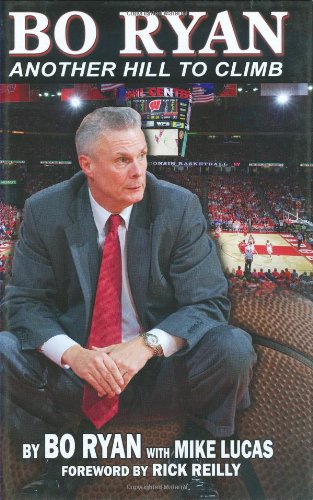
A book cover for Bo Ryan: Another Hill to Climb; Bo Ryan; Biographies & Memoirs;